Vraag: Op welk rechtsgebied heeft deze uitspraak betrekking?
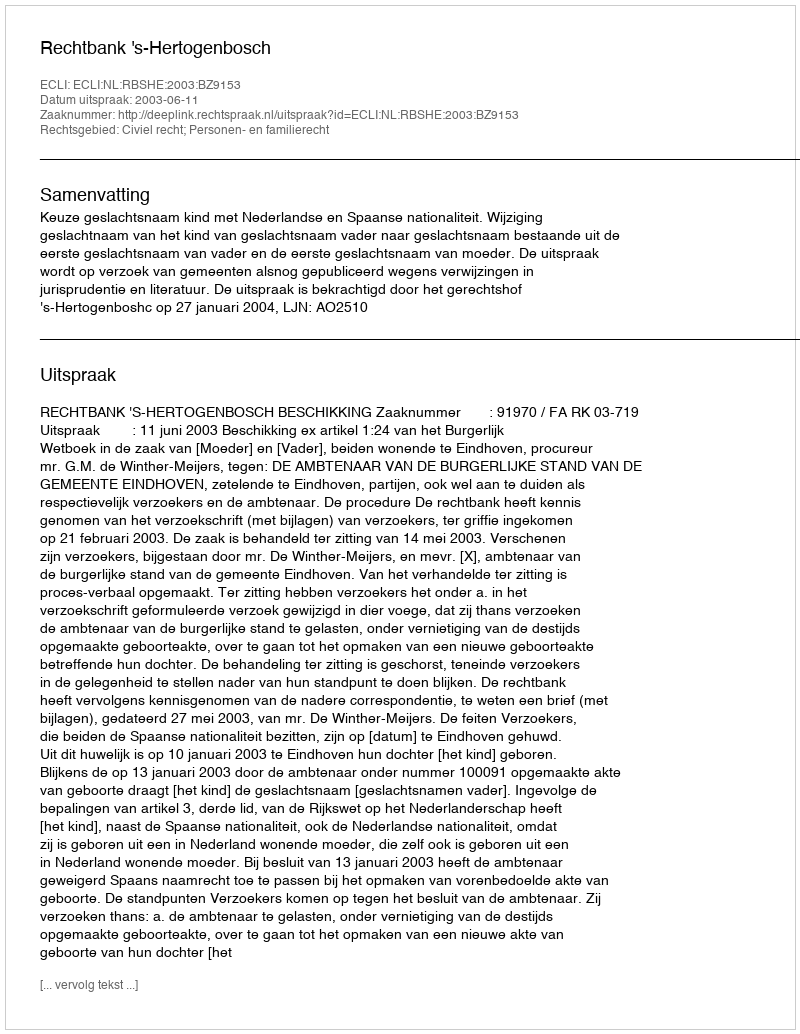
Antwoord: Civiel recht; Personen- en familierecht